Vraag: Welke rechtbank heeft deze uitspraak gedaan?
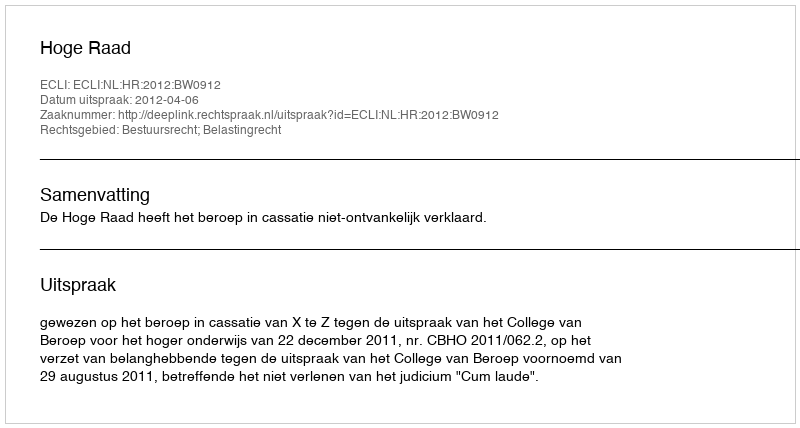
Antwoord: Hoge Raad